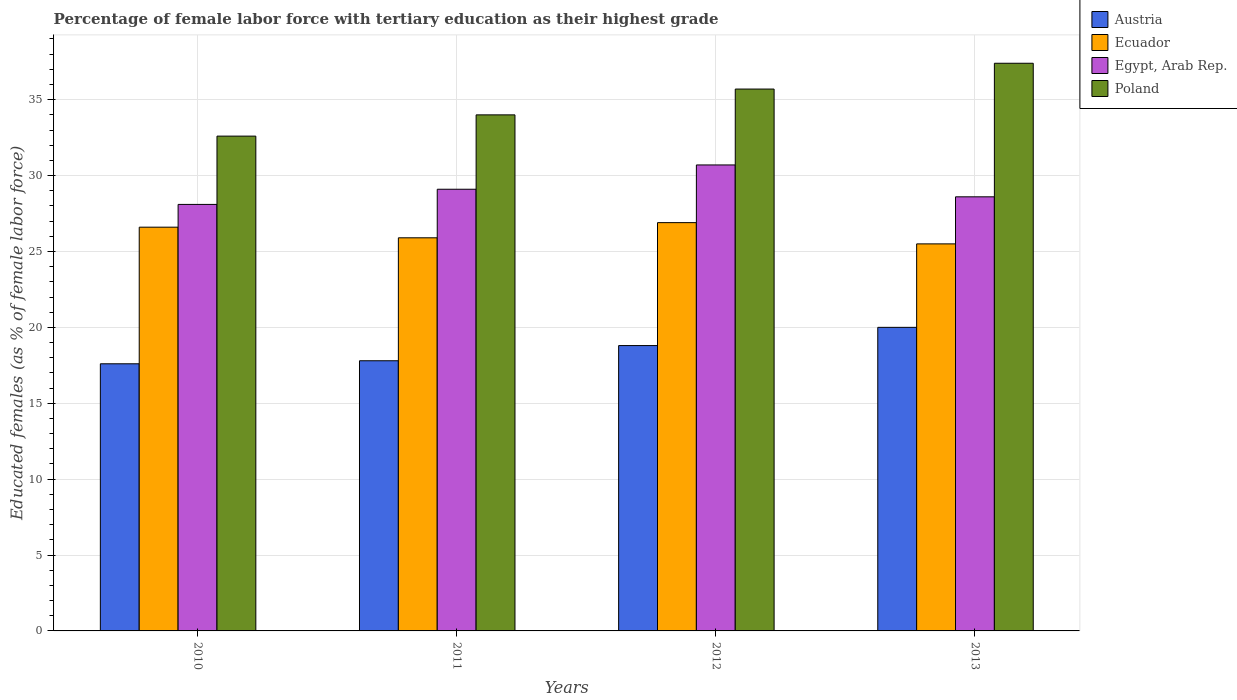
| Years | Austria | Ecuador | Egypt, Arab Rep. | Poland |
 | --- | --- | --- | --- | --- |
 | 2010 | 17.6 | 26.6 | 28.1 | 32.6 |
 | 2011 | 17.8 | 25.9 | 29.1 | 34 |
 | 2012 | 18.8 | 26.9 | 30.7 | 35.7 |
 | 2013 | 20 | 25.5 | 28.6 | 37.4 |